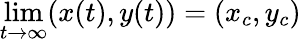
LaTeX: \operatorname*{lim}_{t\to\infty}(x(t),y(t))=(x_{c},y_{c})